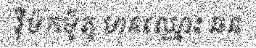
រ៉ឺម៉កម៉ូតូ មានឈ្មោះ ឆន